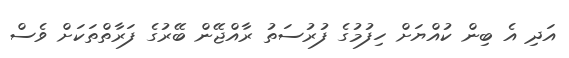
އަދި އެ ބިން ކުއްޔަށް ހިފުމުގެ ފުރުސަތު ރާއްޖޭން ބޭރުގެ ފަރާތްތަކަށް ވެސް